Vaccination in Bombay 1863-1868 - 1863-1868
Year: 1863
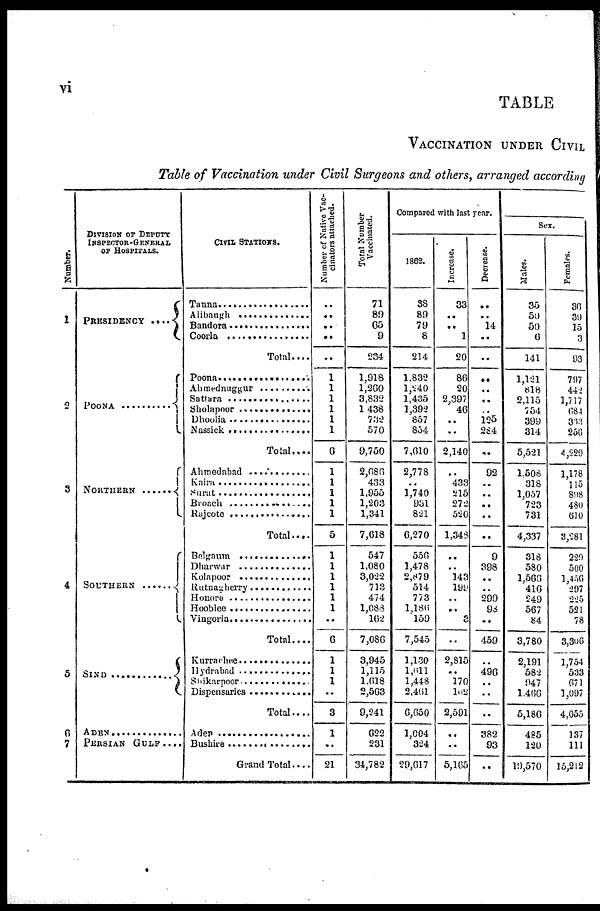
vi
TABLE
VACCINATION UNDER CIVIL
Table of Vaccination under Civil Surgeons and others, arranged according
Number.
1
2
3
4
5
6
7
DIVISION OF DEPUTY
INSPECTOR-GENERAL
OF HOSPITALS.
PRESIDENCY ....
POONA ..............
NORTHERN ......
SOUTHERN .......
SIND ........................
ADEN ......................
PERSIAN GULF....
CIVIL STATIONS.
Tanna ...................
Alibaugh ................
Bandora ...................
Coorla
Total....
Poona ...................
Ahmednuggur ...................
Sattara ...................
Sholapoor ...................
Dhoolia ...................
Nassick ...................
Total....
Ahmedabad .................
Kaira .....................
Surat .........................
Broach .........................
Rajcote ...................
Total....
Belgaum .....................
Dharwar .....................
Kolapoor ......................
Rutnagherry .....................
Honora .....................
Hooblee .....................
Vingorla .....................
Total....
Kurrachee .................
Hydrabad ................
Shikarpoor .................
Dispensaries
....
Total....
Aden .......................
Bushire
Grand Total....
Number of Native Vac-
cinators attached.
..
..
..
..
..
1
1
1
1
1
1
6
1
1
1
1
1
5
1
1
1
1
1
1
..
6
1
1
1
..
3
1
..
21
Total Number
Vaccinated.
71
89
65
9
234
1,918
1,260
3,832
1,438
732
570
9,750
2,686
433
1,955
1,203
1,341
7,618
547
1,080
3,022
713
474
1,088
162
7,086
3,945
1,115
1,618
2,563
9,241
622
231
34,782
Compared with last year.
1862.
38
89
79
8
214
1,832
1,240
1,435
1,392
857
854
7,610
2,778
..
1,740
931
821
6,270
556
1,478
2,879
514
773
1,186
159
7,545
1,130
1,611
1,448
2,461
6,650
1,004
324
29,617
Increase.
33
..
..
1
20
86
20
2,397
46
..
..
2,140
..
433
215
272
520
1,348
..
..
143
199
..
..
3
..
2,815
..
170
102
2,591
..
..
5,105
Decrease.
..
..
14
..
..
..
..
..
..
125
284
..
92
..
..
..
..
..
9
398
..
..
299
98
..
459
..
496
..
..
..
382
93
..
Sex.
Males.
35
50
50
6
141
1,121
818
2,115
754
399
314
5,521
1,508
318
1,057
723
731
4,337
318
580
1,566
416
249
567
84
3,780
2,191
582
947
1,466
5,186
485
120
19,570
Females.
36
39
15
3
93
797
442
1,717
684
333
256
4,229
1,178
115
898
480
610
3,281
220
500
1,456
297
225
521
78
3,306
1,754
533
671
1,097
4,055
137
111
15,212